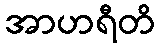
အာဟရီတိ